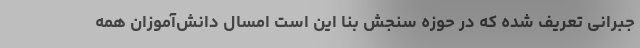
جبرانی تعریف شده که در حوزه سنجش بنا این است امسال دانش‌آموزان همه